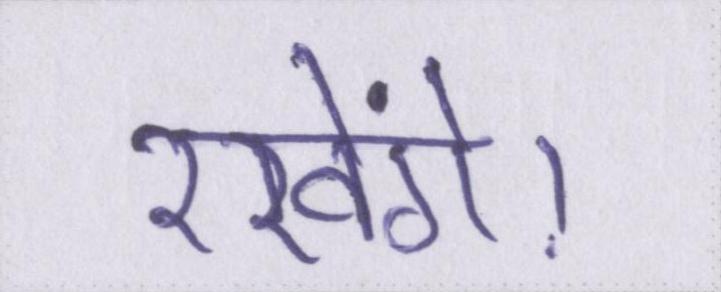
रखेंगे।